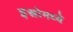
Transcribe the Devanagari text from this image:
इस्रोमध्ये